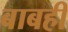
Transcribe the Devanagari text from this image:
बाबही